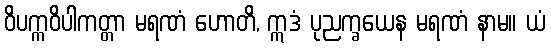
ဝိပက္ကဝိပါကတ္တာ မရဏံ ဟောတိ, ဣဒံ ပုညက္ခယေန မရဏံ နာမ။ ယံ